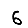
Digit: 6